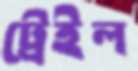
ট্রেইল